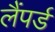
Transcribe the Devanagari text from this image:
लैंपर्ड